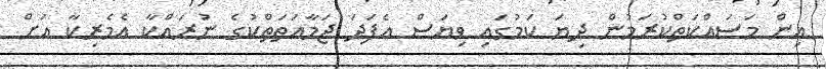
އިން މަސައްކަތްކުރަމުން ދިޔަ ކަމުގައި ވިޔަސް އެފަދަ ޖަމާއަތަތްކުގެ ނުރައްކާ އެމެރިކާ އަށް